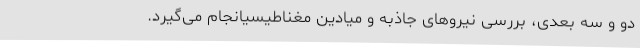
دو و سه بعدی، بررسی نیروهای جاذبه و میادین مغناطیسیانجام می‌گیرد.